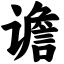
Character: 谵